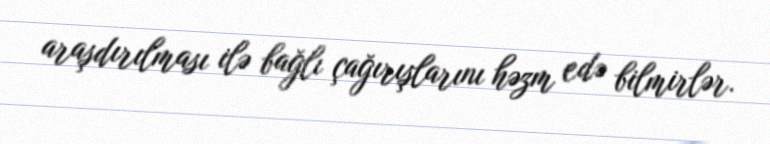
araşdırılması ilə bağlı çağırışlarını həzm edə bilmirlər.